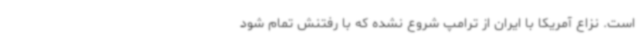
است. نزاع آمریکا با ایران از ترامپ شروع نشده که با رفتنش تمام شود